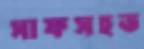
সাফসহভ